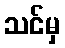
သင်မှ